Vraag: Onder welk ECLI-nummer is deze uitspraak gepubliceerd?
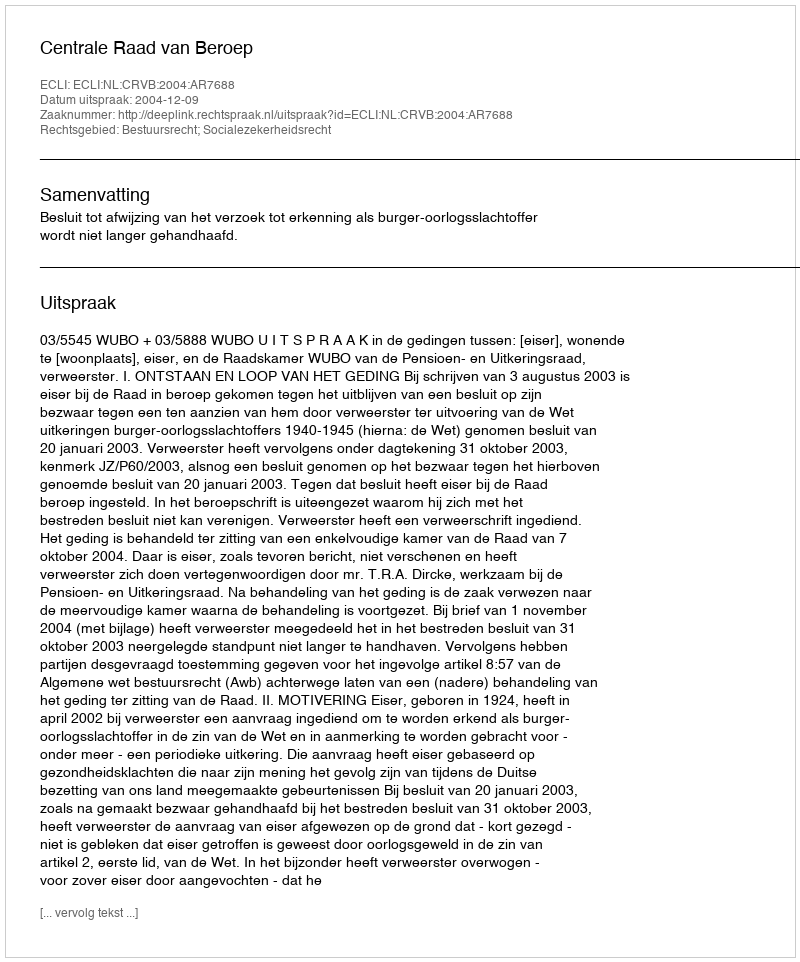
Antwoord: ECLI:NL:CRVB:2004:AR7688